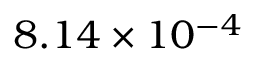
8 . 1 4 \times 1 0 ^ { - 4 }